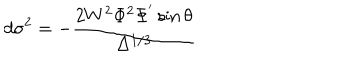
d \sigma ^ { 2 } = - \frac { 2 W ^ { 2 } \Phi ^ { 2 } \Phi ^ { ^ { \prime } } \sin \theta } { \Delta ^ { 1 / 3 } }